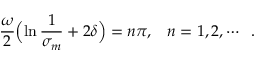
\frac { \omega } { 2 } \Bigl ( \ln \frac { 1 } { \sigma _ { m } } + 2 \delta \Bigr ) = n \pi , \; \; \; \mathop { n = 1 , 2 , } \cdots \; \; .